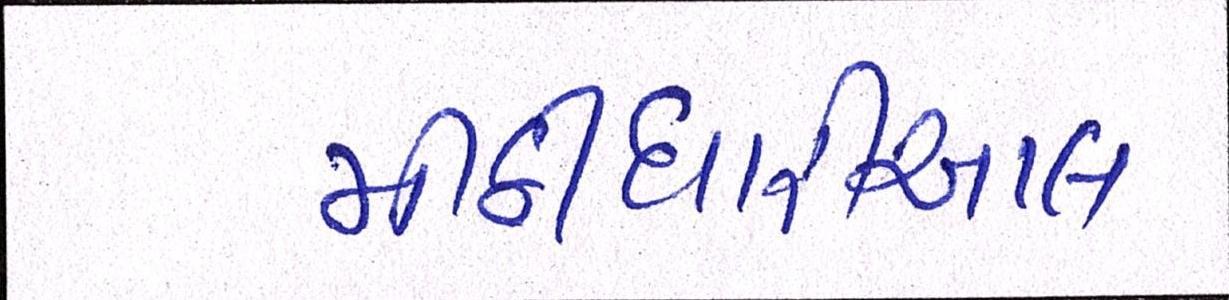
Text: મીઠીઘારીઆલ